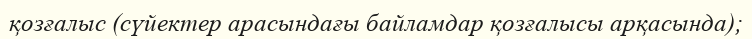
қозғалыс (сүйектер арасындағы байламдар қозғалысы арқасында);